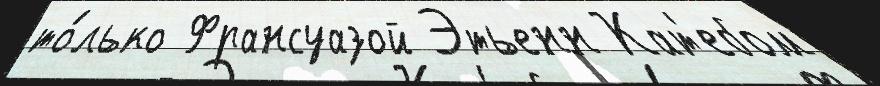
то́лько Франсуазой Этьенн Кат'ебом